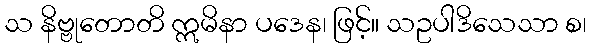
သ နိဗ္ဗုတောတိ ဣမိနာ ပဒေန၊ ဖြင့်။ သဥပါဒိသေသာ စ၊